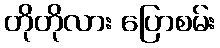
တိုတိုလား ပြောစမ်း